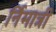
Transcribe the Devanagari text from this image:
र्निमात्री